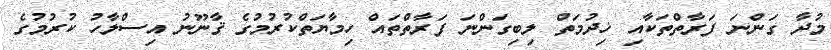
މުދާ ގަންނަ ފަރާތްތަކާއި ޚިދުމަތް ލިބިގަންނަ ފަރާތްތައް ހިމާޔަތްކުރުމުގެ ޤާނޫނު އިސްލާހު ކުރުމުގެ